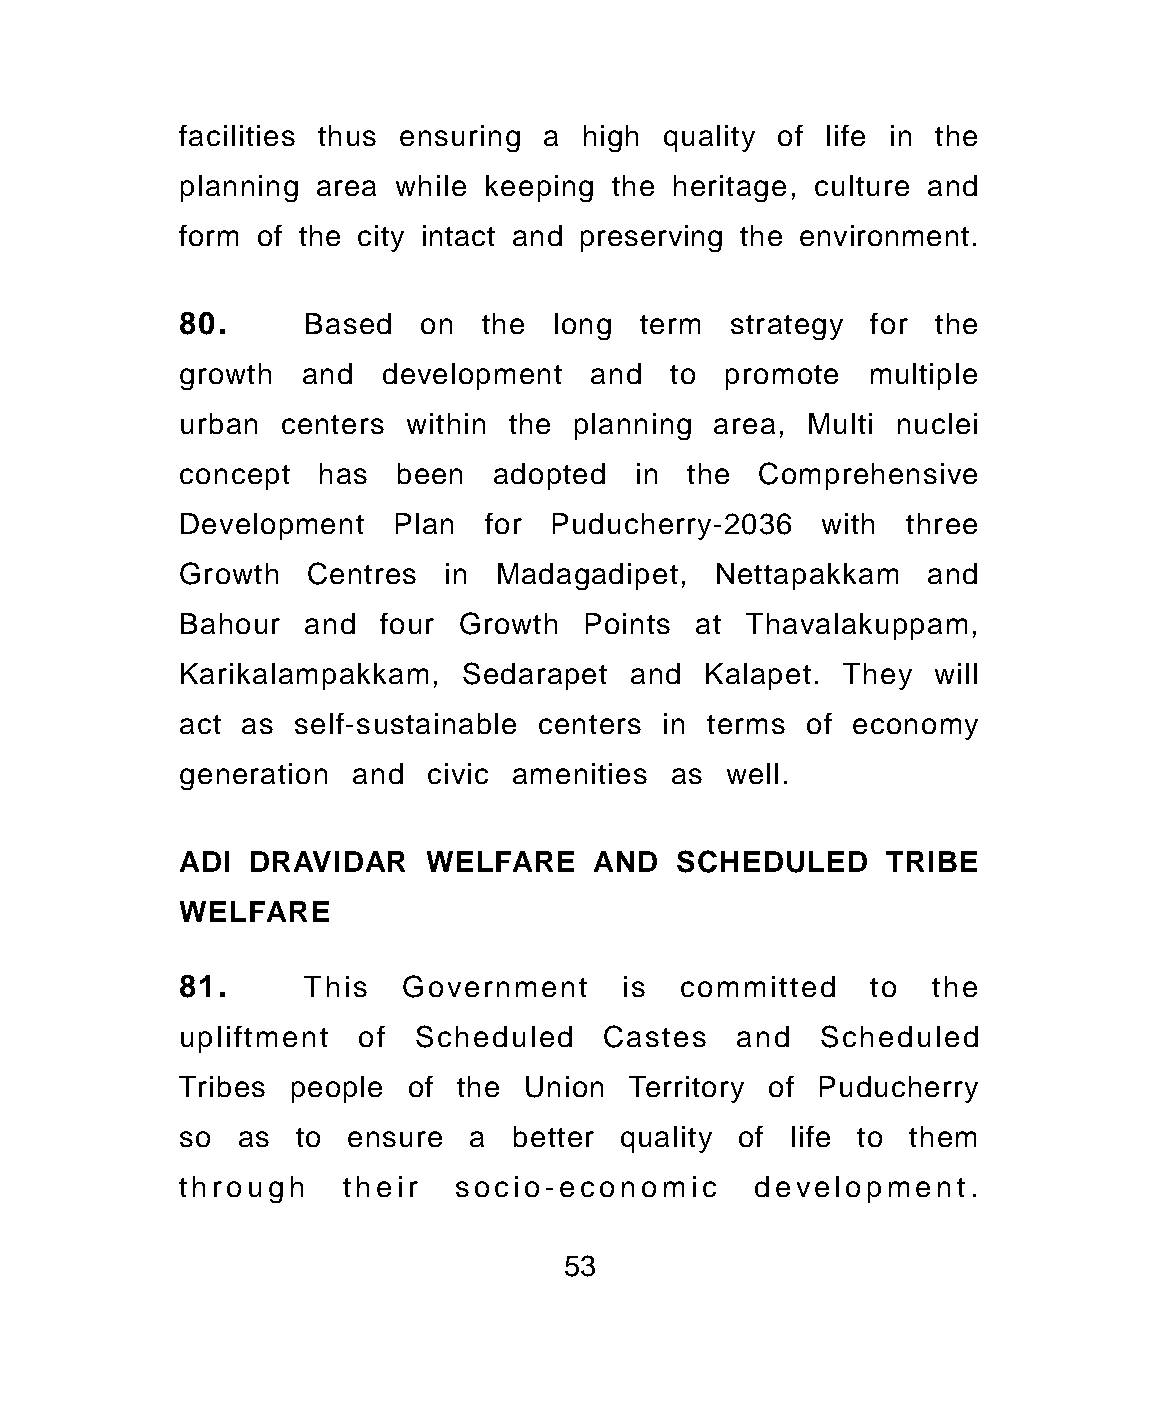
facilities thus ensuring a high quality of life in the
 planning area while keeping the heritage, culture and
 form of the city intact and preserving the environment.
 80.     Based   on  the long  term  strategy  for the
 growth  and  development   and  to  promote  multiple
 urban centers  within the planning area, Multi nuclei
 concept  has  been  adopted   in the  Comprehensive
 Development   Plan  for Puducherry-2036   with  three
 Growth  Centres  in  Madagadipet,  Nettapakkam   and
 Bahour  and  four Growth  Points  at Thavalakuppam,
 Karikalampakkam,  Sedarapet   and Kalapet.  They  will
 act as self-sustainable centers in terms of economy
 generation and  civic amenities as  well.
 ADI DRAVIDAR    WELFARE    AND   SCHEDULED     TRIBE
 WELFARE
 81.     This  Government     is  committed    to  the
 upliftment  of Scheduled    Castes   and  Scheduled
 Tribes people  of the  Union Territory of Puducherry
 so  as to  ensure  a  better quality of life to them
 through    their  socio-economic      development.
 53